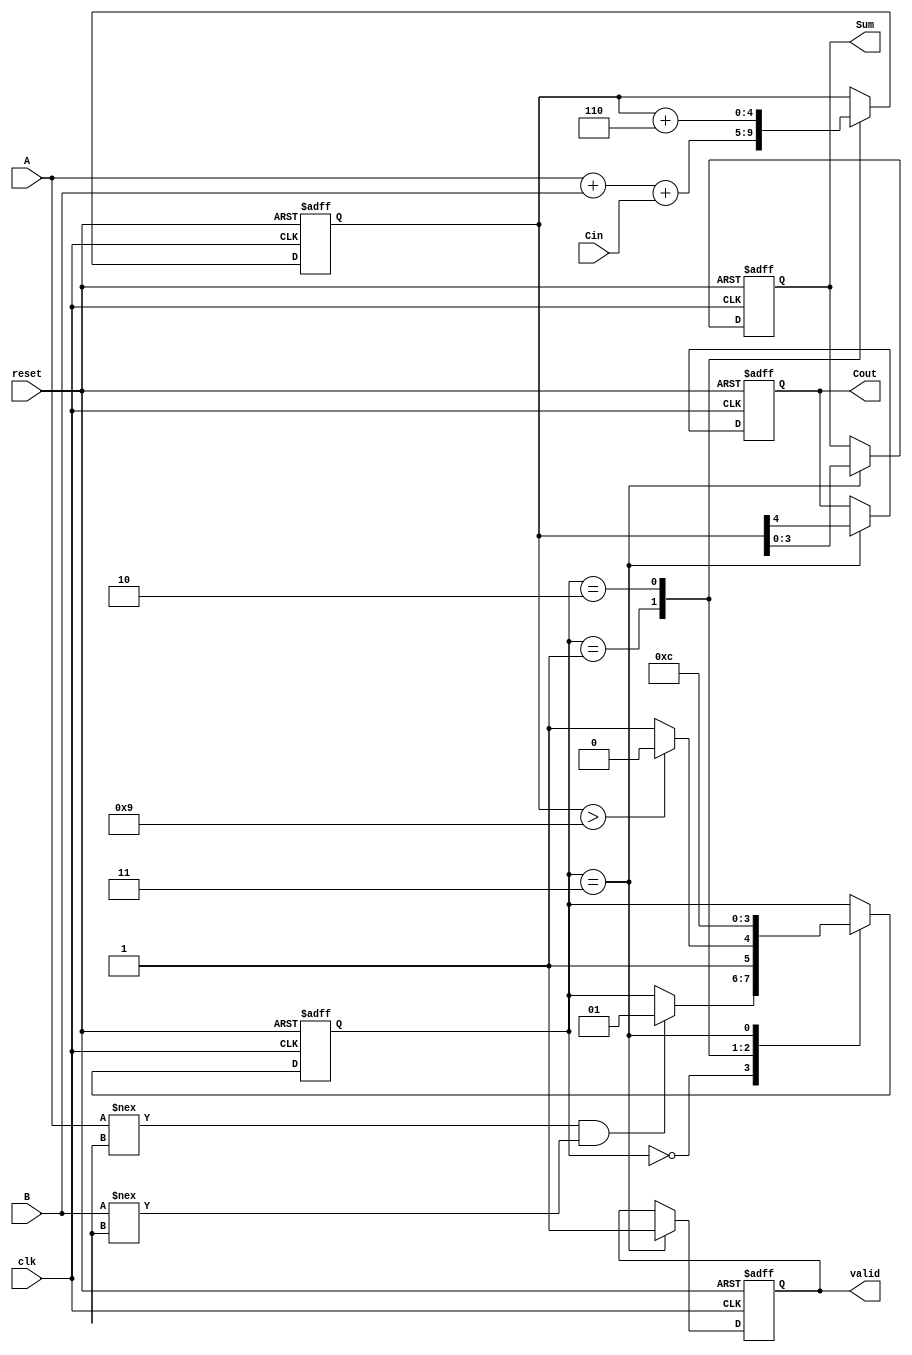
module BCD_Sequential_Adder (
    input wire [3:0] A,        // First BCD digit
    input wire [3:0] B,        // Second BCD digit
    input wire Cin,            // Carry-in
    input wire clk,            // Clock signal
    input wire reset,          // Asynchronous reset
    output reg [3:0] Sum,      // BCD result output
    output reg Cout,           // Carry-out output
    output reg valid           // Valid output signal
);

    // Internal registers
    reg [4:0] internal_sum;    // 5 bits to hold sum (A + B + Cin)
    reg [1:0] state;           // State register
    localparam IDLE = 2'b00,   // Idle state
               ADD  = 2'b01,   // Add state
               CORRECT = 2'b10,// Correction state
               READY = 2'b11;  // Ready state

    // State machine
    always @(posedge clk or posedge reset) begin
        if (reset) begin
            // Reset all outputs and internal states
            Sum <= 4'b0000;
            Cout <= 1'b0;
            valid <= 1'b0;
            internal_sum <= 5'b00000;
            state <= IDLE;
        end else begin
            case (state)
                IDLE: begin
                    // Wait for inputs and move to ADD state
                    if (A !== 4'bxxxx && B !== 4'bxxxx) begin
                        state <= ADD;
                    end
                end

                ADD: begin
                    // Calculate the sum of A, B, and Cin
                    internal_sum <= A + B + Cin;
                    // Check if correction is needed
                    if (internal_sum > 9) begin
                        state <= CORRECT;
                    end else begin
                        state <= READY;
                    end
                end

                CORRECT: begin
                    // Apply correction by adding 6
                    internal_sum <= internal_sum + 5'b00110; // Add 6 in binary
                    state <= READY;
                end

                READY: begin
                    // Update outputs and set valid signal
                    Sum <= internal_sum[3:0]; // Take the lower 4 bits
                    Cout <= internal_sum[4];   // Carry-out is the 5th bit
                    valid <= 1'b1;             // Indicate result is valid
                    state <= IDLE;             // Go back to IDLE state
                end

                default: state <= IDLE; // Default to IDLE state
            endcase
        end
    end

endmodule